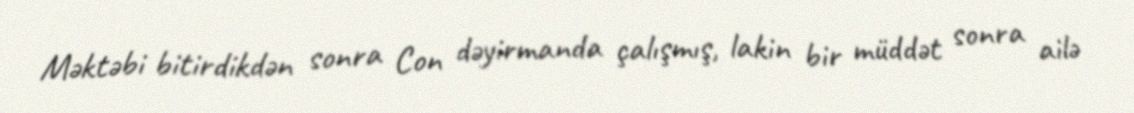
Məktəbi bitirdikdən sonra Con dəyirmanda çalışmış, lakin bir müddət sonra ailə